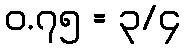
၀.၇၅ = ၃/၄